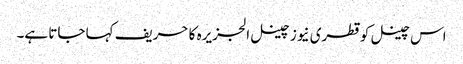
اس چینل کو قطری نیوز چینل الجزیرہ کا حریف کہا جاتا ہے۔